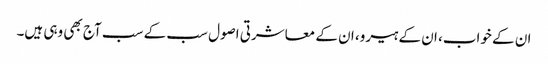
ان کے خواب، ان کے ہیرو، ان کے معاشرتی اصول سب کے سب آج بھی وہی ہیں۔